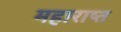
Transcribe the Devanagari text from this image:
महाराष्त